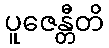
ပူဇေန္တီတိ